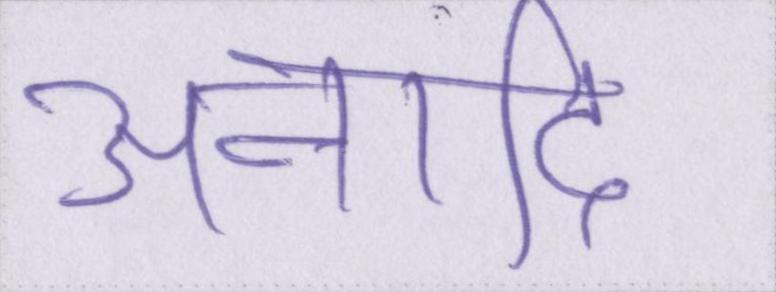
अनादि